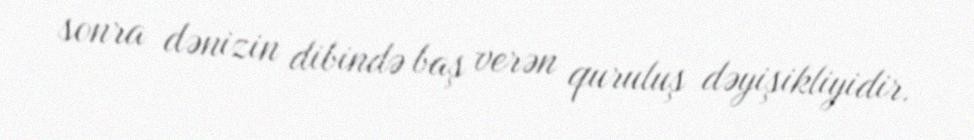
sonra dənizin dibində baş verən quruluş dəyişikliyidir.